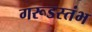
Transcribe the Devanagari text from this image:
गरूडस्तंभ